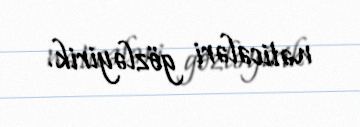
nəticələri gözləyirik.